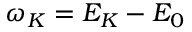
\omega _ { K } = E _ { K } - E _ { 0 }